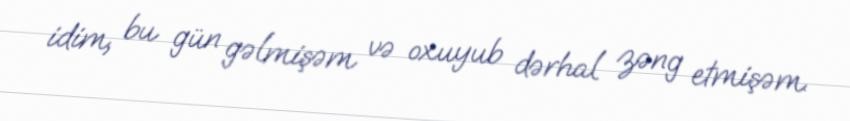
idim, bu gün gəlmişəm və oxuyub dərhal zəng etmişəm.